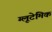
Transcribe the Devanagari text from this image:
ग्लूटेमिक